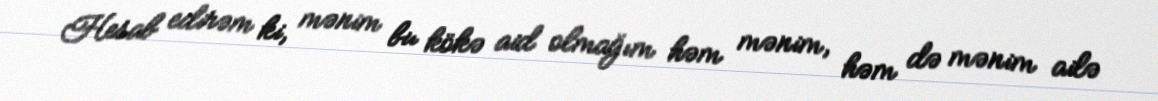
Hesab edirəm ki, mənim bu kökə aid olmağım həm mənim, həm də mənim ailə